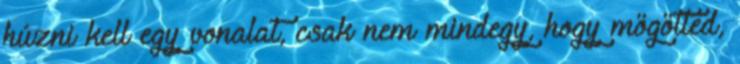
húzni kell egy vonalat, csak nem mindegy, hogy mögötted,